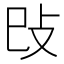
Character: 𢻰